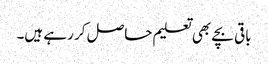
باقی بچے بھی تعلیم حاصل کر رہے ہیں۔